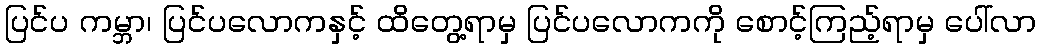
ပြင်ပ ကမ္ဘာ၊ ပြင်ပလောကနှင့် ထိတွေ့ရာမှ ပြင်ပလောကကို စောင့်ကြည့်ရာမှ ပေါ်လာ